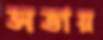
সভায়